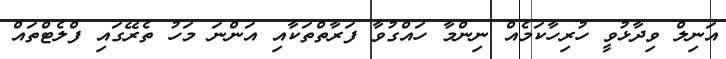
އަނިލް ވިދާޅުވީ ހުރިހާކަމެއް ނިންމާ ހައްގުވާ ފަރާތްތަކާއި އަންނަ މަހު ތެރޭގައި ފްލެޓްތައް